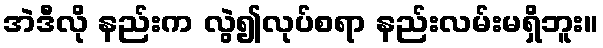
အဲဒီလို နည်းက လွဲ၍လုပ်စရာ နည်းလမ်းမရှိဘူး။